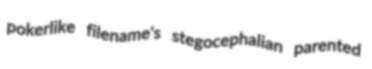
pokerlike filename's stegocephalian parented